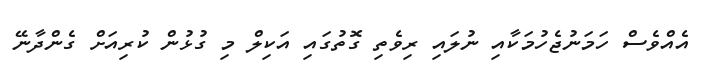
އެއްވެސް ހަމަނުޖެހުމަކާއި ނުލައި ރިވެތި ގޮތުގައި އަކިލް މި ގުޅުން ކުރިއަށް ގެންދާނޭ